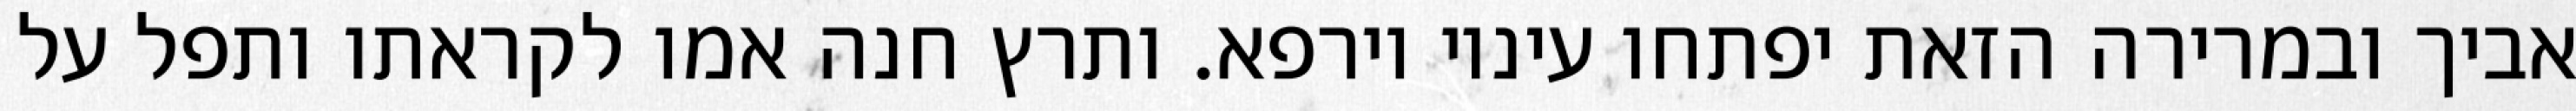
אביך ובמרירה הזאת יפתחו עיניו וירפא. ותרץ חנה אמו לקראתו ותפל על